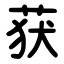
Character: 获